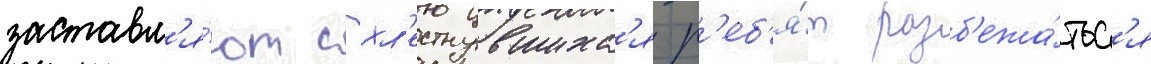
заставл'я́ют схл'естнувшихс'я р'еб'я́т разб'ежа́тьс'я